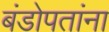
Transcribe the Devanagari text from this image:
बंडोपतांना